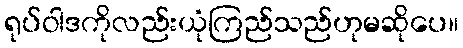
ရုပ်ဝါဒကိုလည်းယုံကြည်သည်ဟုမဆိုပေ။